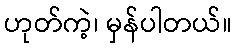
ဟုတ်ကဲ့၊ မှန်ပါတယ်။